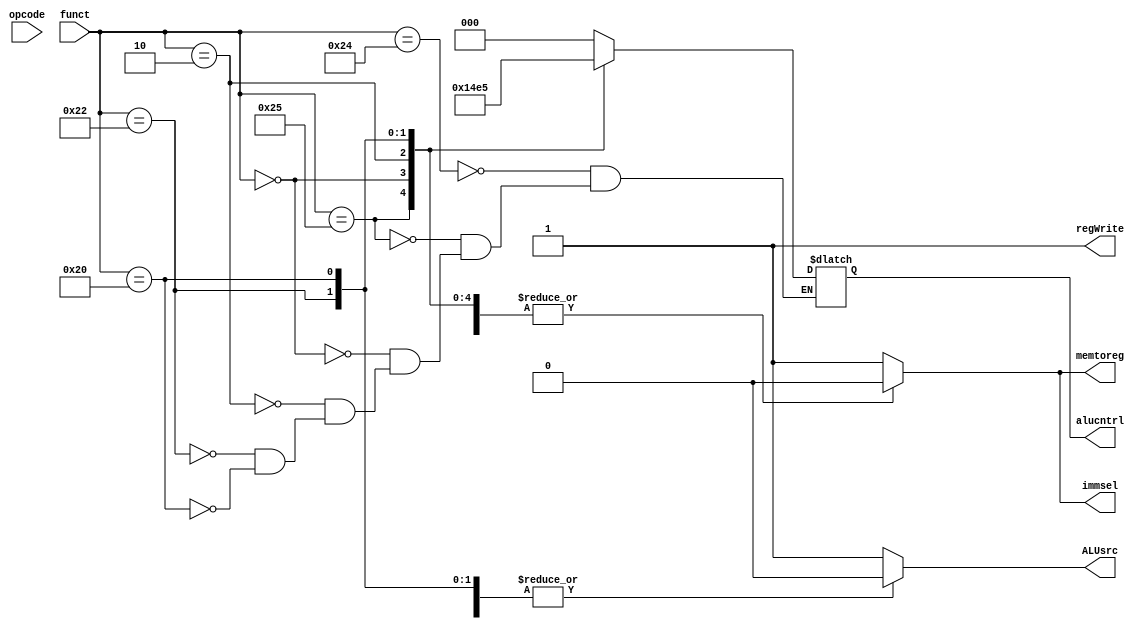
`timescale 1ns / 1ps
//////////////////////////////////////////////////////////////////////////////////
// Company: 
// Engineer: 
// 
// Design Name: 
// Module Name: control_unit
// Project Name: 
// Target Devices: 
// Tool Versions: 
// Description: 
// 
// Dependencies: 
// 
// Revision:
// Revision 0.01 - File Created
// Additional Comments:
// 
//////////////////////////////////////////////////////////////////////////////////


module control_unit(
   
    input[5:0] opcode,
    input[5:0] funct,
    output reg[2:0] alucntrl,
    output regWrite,
    output reg immsel,
    output reg ALUsrc, memtoreg

    );
    
     //wire funct_7 = funct7[6];
    
    always@(*)
     begin
       case(funct)
        6'b100100 : begin alucntrl = 3'b000;
                    ALUsrc = 0; 
                    memtoreg = 0;
                    immsel = 0;      
                    end //AND operation 
        6'b100101 : begin alucntrl = 3'b001; //OR operation
                     ALUsrc = 0; 
                     memtoreg = 0;
                    immsel = 0;
                    end 
        6'b000000 : begin alucntrl = 3'b010; //sll operation
                    ALUsrc = 1; 
                    memtoreg = 0;
                    immsel = 0;
                    end
        6'b000010 : begin alucntrl = 3'b011; //srl operation
                     ALUsrc = 1; 
                 memtoreg = 0;
                 immsel = 0;
                   end   
        6'b100010 : begin alucntrl = 3'b100; // subract operation
                     ALUsrc = 0; 
                     memtoreg = 0;
                     immsel = 0; 
                     end
        6'b100000 : begin alucntrl = 3'b101; // add operation
                     ALUsrc = 0; 
                    memtoreg = 0;
                   immsel = 0;
                   end
        default: begin 
                  ALUsrc = 1;
                  memtoreg = 1;
                   immsel = 1;
                  end 
       endcase
      end
         
      assign regWrite = 1; 
   
endmodule